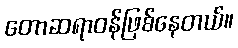
တောဆရာဝန်ဖြစ်နေတယ်။